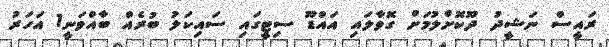
ރައީސް ނަޝީދު ދޫކޮށްލުމަށް ގޮވާލައި އައްޑޫ ސިޓީގައި ސައިކަލު ބުރެއް ބާއްވަނީ1 އަހަރު